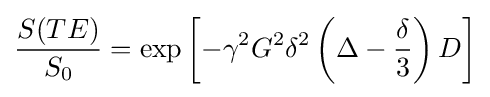
{\frac {S(TE)}{S_{0}}}=\exp \left[-\gamma ^{2}G^{2}\delta ^{2}\left(\Delta -{\frac {\delta }{3}}\right)D\right]